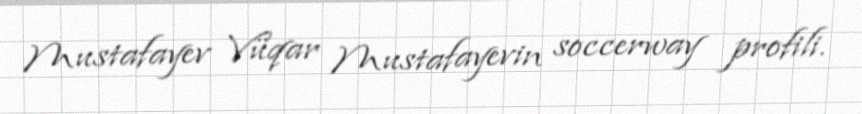
Mustafayev Vüqar Mustafayevin soccerway profili.